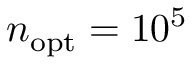
n _ { \mathrm { o p t } } = 1 0 ^ { 5 }